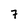
Character: 7